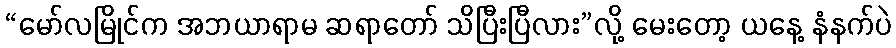
“မော်လမြိုင်က အဘယာရာမ ဆရာတော် သိပြီးပြီလား”လို့ မေးတော့ ယနေ့ နံနက်ပဲ